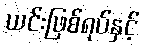
ယင်းဖြစ်ရပ်နှင့်